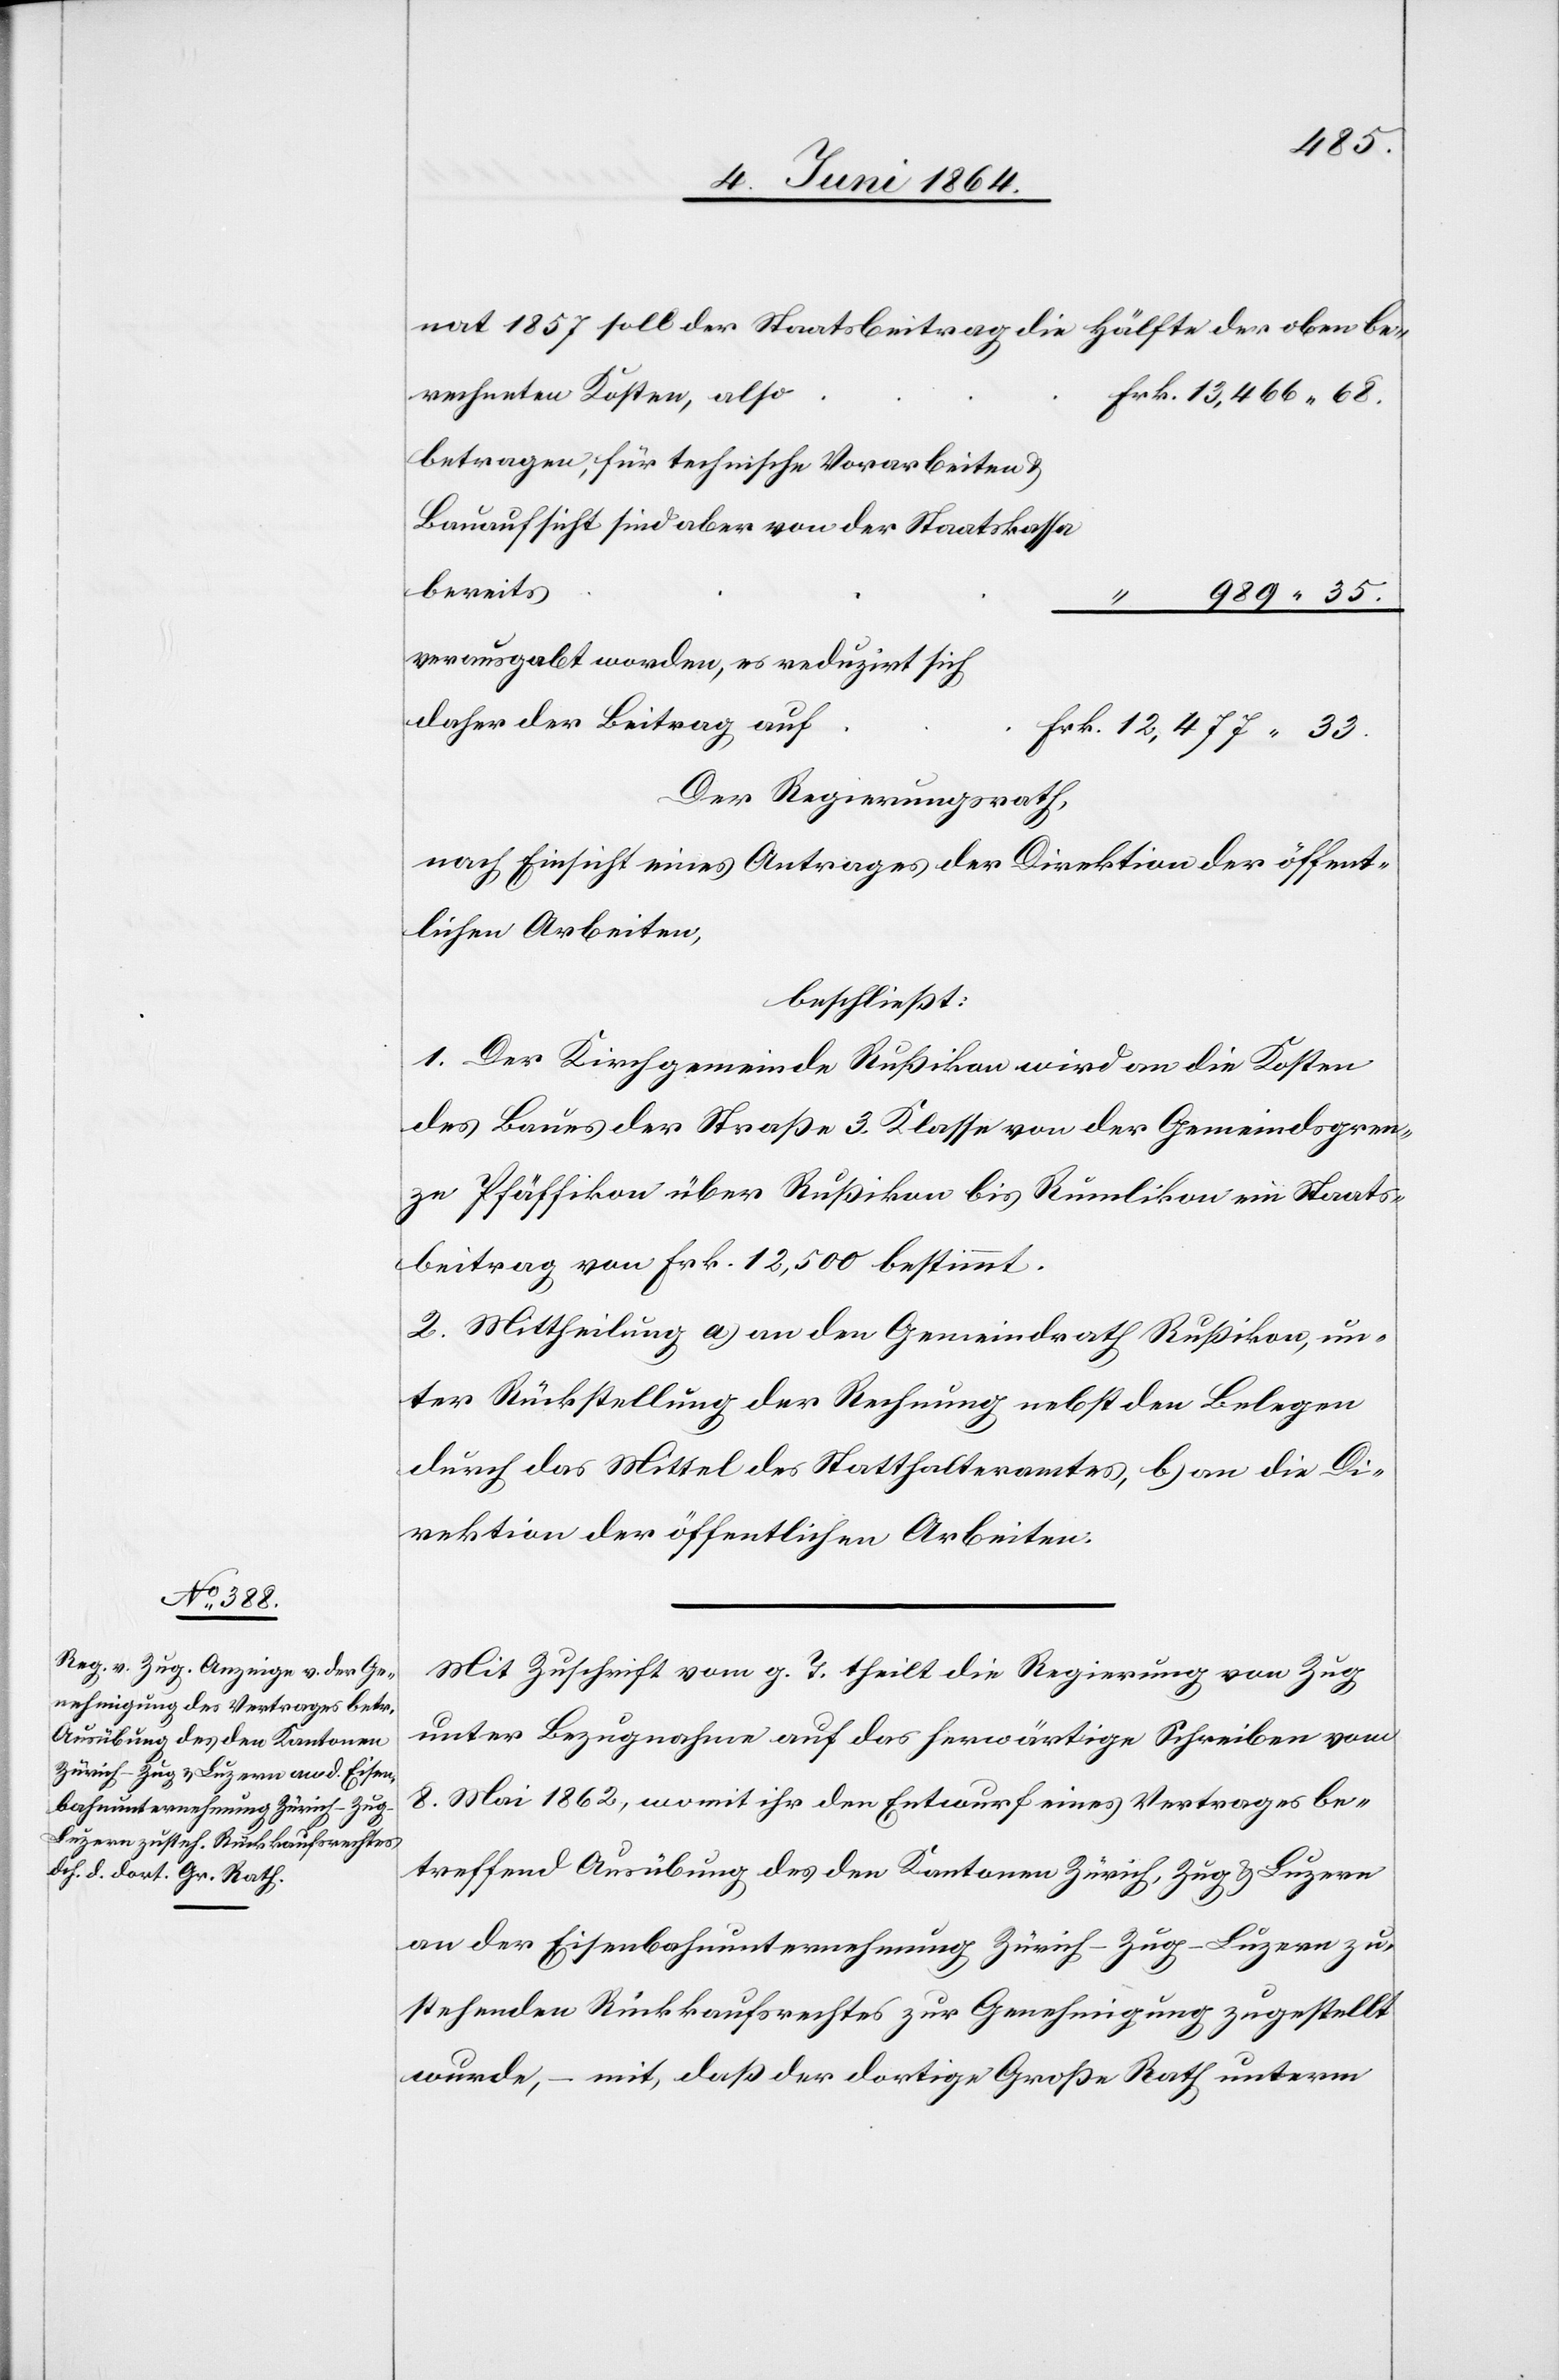
35.
rechneten Kosten, also
betragen, für technische Vorarbeiten u.
Bauaufsicht sind aber von der Staatskassa
bereits
verausgabt worden, es reduzirt sich
daher der Beitrag auf
Der Regierungsrath,
nach Einsicht eines Antrages der Direktion der öffent¬
lichen Arbeiten,
beschließt:
1. Der Kirchgemeinde Rußikon wird an die Kosten
des Baues der Straße 3. Klasse von der Gemeindsgren¬
ze Pfäffikon über Rußikon bis Rümlikon ein Staats¬
beitrag von Frk. 12,500 bestimmt.
2. Mittheilung a) an den Gemeindrath Rußikon, un¬
ter Rückstellung der Rechnung nebst den Belegen
durch das Mittel des Statthalteramtes, b) an die Di¬
rektion der öffentlichen Arbeiten.
Mit Zuschrift vom g. T. theilt die Regierung von Zug
unter Bezugnahme auf das herwärtige Schreiben vom
8. Mai 1862, womit ihr der Entwurf eines Vertrages be¬
treffend Ausübung des den Kantonen Zürich, Zug u. Luzern
an der Eisenbahnunternehmung Zürich–Zug–Luzern zu¬
stehenden Rückkaufsrechtes zur Genehmigung zugestellt
wurde, – mit, daß der dortige Große Rath unterm